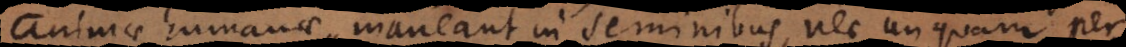
animae humanae maneant in seminibus, nec unquam per